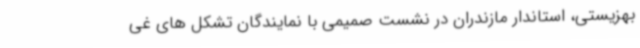
بهزیستی، استاندار مازندران در نشست صمیمی با نمایندگان تشکل های غی